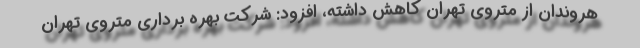
هروندان از متروی تهران کاهش داشته، افزود: شرکت بهره برداری متروی تهران